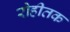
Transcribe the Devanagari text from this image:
रोहीतक